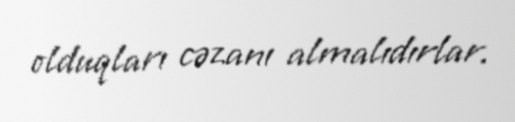
olduqları cəzanı almalıdırlar.